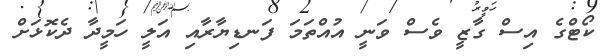
ކޯޓްގެ އިސް ގާޒީ ވެސް ވަނީ އުއްތަމަ ފަނޑިޔާރާއި އަލީ ހަމީދާ ދެކޮޅަށް